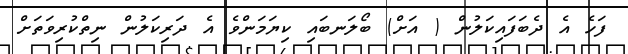
ފަހެ އެ ދެބަފައިކަލުން ( އަށް) ބޯލަނބައި ކިޔަމަންވެ އެ ދަރިކަލުން ނިތްކުރިވަތަށް